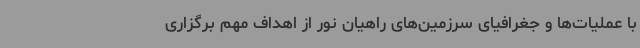
با عملیات‌ها و جغرافیای سرزمین‌های راهیان نور از اهداف مهم برگزاری